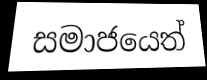
සමාජයෙත්